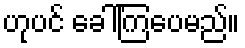
ဟုပင် ခေါ်ကြပေမည်။